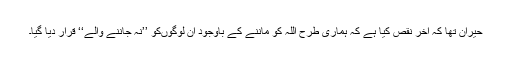
حیران تھا کہ آخر نقص کیا ہے کہ ہماری طرح اللہ کو ماننے کے باوجود اِن لوگوںکو ’’نہ جاننے والے‘‘ قرار دیا گیا۔